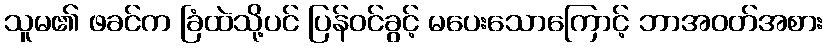
သူမ၏ ဖခင်က ခြံထဲသို့ပင် ပြန်ဝင်ခွင့် မပေးသောကြောင့် ဘာအဝတ်အစား